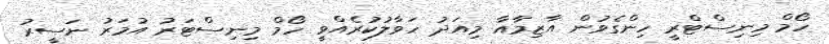
ހޯމް މިނިސްޓްރީ ހިންގެވުން އާޒިމާއާ މިއަދު ހަވާލުކުރެއްވީ ހޯމް މިނިސްޓަރު އުމަރު ނަސީރު